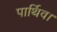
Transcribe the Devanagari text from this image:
पार्थिव।